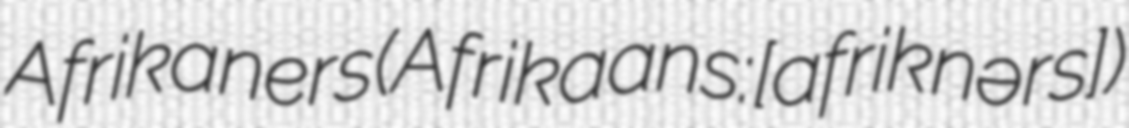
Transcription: Afrikaners (Afrikaans: [afriˈkɑːnərs])